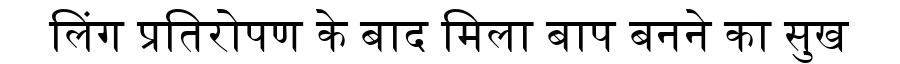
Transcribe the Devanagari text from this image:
लिंग प्रतिरोपण के बाद मिला बाप बनने का सुख